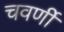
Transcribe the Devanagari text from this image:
चवर्णी